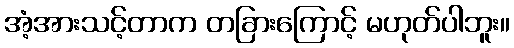
အံ့အားသင့်တာက တခြားကြောင့် မဟုတ်ပါဘူး။